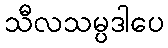
သီလသမ္ပဒါပေ